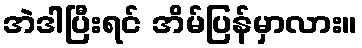
အဲဒါပြီးရင် အိမ်ပြန်မှာလား။